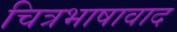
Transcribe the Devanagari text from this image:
चित्रभाषावाद